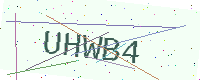
Text: UHWB4